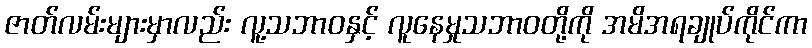
ဇာတ်လမ်းများမှာလည်း လူ့သဘာဝနှင့် လူနေမှုသဘာဝတို့ကို အမိအရချုပ်ကိုင်ကာ